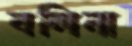
বলিনা